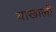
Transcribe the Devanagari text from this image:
याखाली